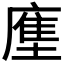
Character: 𭙳